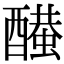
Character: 𨣂